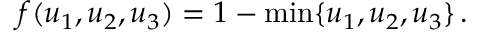
f ( u _ { 1 } , u _ { 2 } , u _ { 3 } ) = 1 - \operatorname* { m i n } \{ u _ { 1 } , u _ { 2 } , u _ { 3 } \} \, .